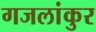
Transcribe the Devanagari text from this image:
गजलांकुर